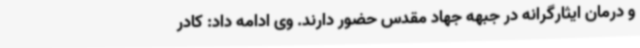
و درمان ایثارگرانه در جبهه جهاد مقدس حضور دارند. وی ادامه داد: کادر